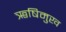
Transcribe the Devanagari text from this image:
ऋषिमुख